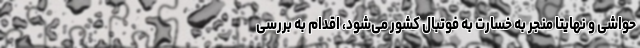
حواشی و نهایتا منجر به خسارت به فوتبال کشور می‌شود، اقدام به بررسی